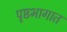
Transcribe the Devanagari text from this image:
पृष्ठभागात